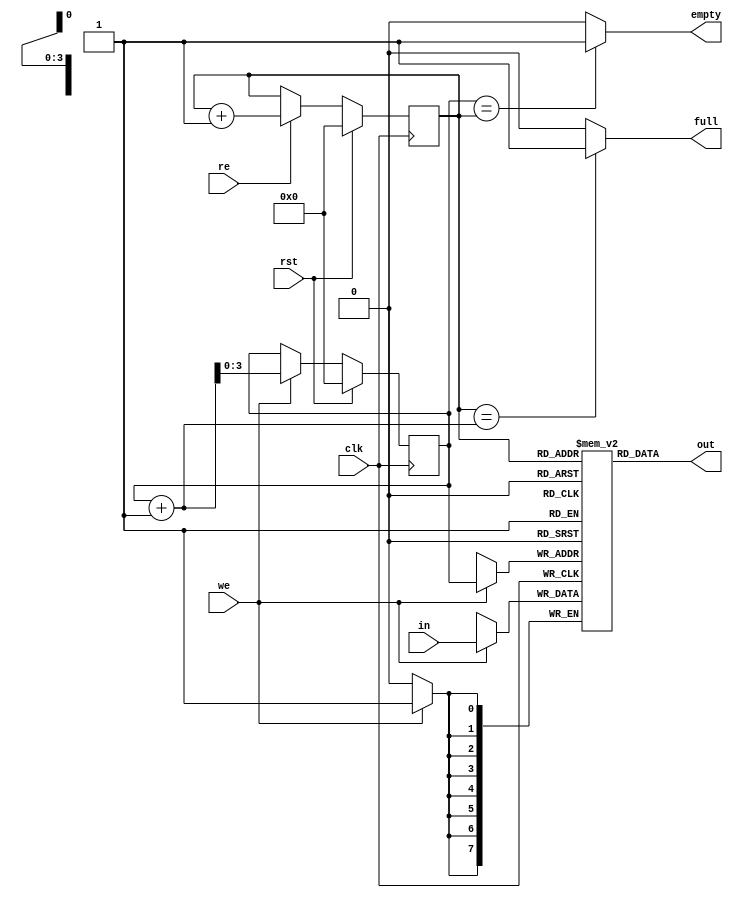
module fifo(in, we, full, out, re, empty, clk, rst);
	input [7:0] in;
	input we;
	output full;
	output [7:0] out;
	input re;
	output empty;
	input clk, rst;

	reg [7:0] mem[15:0]; 
	reg [3:0] head, tail;
	reg empty, full;
	always @(posedge clk) begin
		if(rst) begin
			head <= 0;
			tail <= 0;
		end else begin
			if(we) head <= head + 1;
			if(re) tail <= tail + 1;
		end
	end
	always @(posedge clk) begin
		if(we) mem[head] <= in;
	end
	assign out = mem[tail];
	always @(*) begin
		if(head == tail) empty = 1'b1;
		else empty = 1'b0;
		if(tail == head+1) full = 1'b1;
		else full = 1'b0;
	end
endmodule

module test;
reg [7:0] in;
reg we;
wire full;
wire [7:0] out;
reg re;
wire empty;
reg clk, rst;

fifo fifo(in, we, full, out, re, empty, clk, rst);
always #5 clk = ~clk;
initial begin
$dumpfile("fifo.vcd");
$dumpvars(0, test);
clk = 0;
rst = 1;
in = 0;
we = 0;
re = 0;
#20
rst = 0;
in = 1;
#10
we = 1;
#10
in = 2;
#10
in = 3;
#10
in = 4;
we = 0;
#10
re = 1;
#60
$finish;
end
endmodule